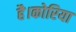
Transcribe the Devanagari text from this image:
है।कोरिया